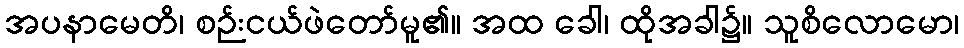
အပနာမေတိ၊ စဉ်းငယ်ဖဲတော်မူ၏။ အထ ခေါ၊ ထိုအခါ၌။ သူစိလောမော၊